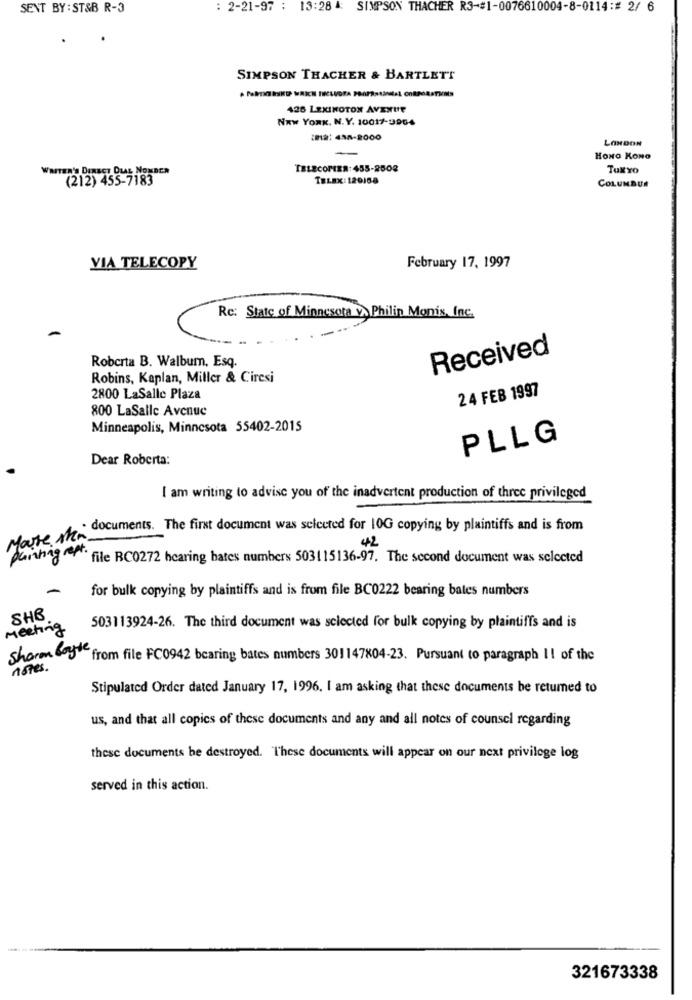
SENT BY : ST&B R-3
: 2-21-97 : 13:28 4: SIMPSON THACHER R3-#1-0076610004-8-0114:# 2/ 6
SIMPSON THACHER & BARTLETT
426 LEXINGTON AVENUE
NEW YORK, N.Y. 10017-9904
2812: 438-2000
LONDON
HONG KONG
WRITER'S DIRECT DIAL NONDER
TELECOMER: 455-2508
TuxYO
(212) 455-7183
TELEX: 120168
COLUMBUS
VIA TELECOPY
February 17, 1997
Rc: State of Minnesota v. Philin Monis, Inc.
Received
Roberta B. Walbum, Esq.
Robins, Kaplan, Miller & Circsi
24 FEB 1997
2800 LaSalle Plaza
800 LaSalle Avenue
Minneapolis, Minnesota 55402-2015
PLLG
Dear Roberta:
I am writing to advise you of the inadvertent production of three privileged
documents. The first document was selected for 10G copying by plaintiffs and is from
More Ma
42
painting . file RC0272 hearing bates numbers 503115136-97. The second document was selected
for bulk copying by plaintiffs and is from file BC0222 bearing bates numbers
SHB
Meeting
503113924-26. The third document was selected for bulk copying by plaintiffs and is
Sharm Boyle
from file FC0942 bcaring bates numbers 301147804-23. Pursuant to paragraph II of the
notes.
Stipulated Order dated January 17, 1996. I am asking that these documents be returned to
us, and that all copies of these documents and any and all notes of counsel regarding
these documents be destroyed. These documents will appear on our next privilege log
served in this action.
321673338